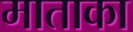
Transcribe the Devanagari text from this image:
माताका